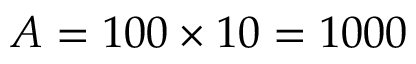
A = 1 0 0 \times 1 0 = 1 0 0 0